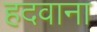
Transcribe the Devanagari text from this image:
हदवाना